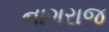
નાગરાજ